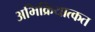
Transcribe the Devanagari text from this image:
अभिक्रियात्कत